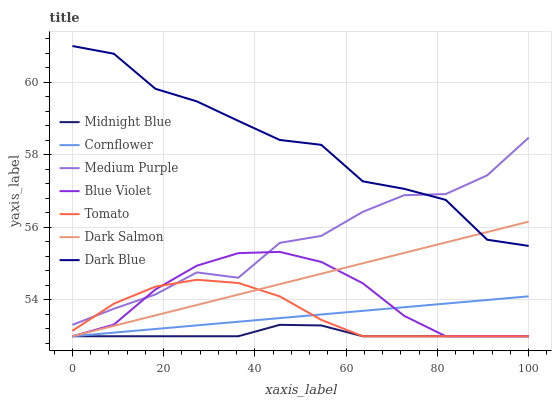
| xaxis_label | Midnight Blue | Cornflower | Medium Purple | Blue Violet | Tomato | Dark Salmon | Dark Blue |
 | --- | --- | --- | --- | --- | --- | --- | --- |
 | 0 | 53 | 53 | 53.3 | 53 | 53.1 | 53 | 61 |
 | 9.09 | 53 | 53.1 | 53.8 | 53.3 | 53.9 | 53.3 | 60.8 |
 | 18.2 | 53 | 53.2 | 54.2 | 54.3 | 54.4 | 53.6 | 59.8 |
 | 27.3 | 53 | 53.3 | 54.8 | 54.9 | 54.6 | 53.9 | 59.5 |
 | 36.4 | 53 | 53.4 | 54.6 | 55.3 | 54.5 | 54.1 | 58.9 |
 | 45.5 | 53.3 | 53.5 | 55.6 | 55.3 | 54.1 | 54.4 | 58.4 |
 | 54.5 | 53.3 | 53.6 | 55.8 | 55 | 53.5 | 54.7 | 58.3 |
 | 63.6 | 53 | 53.7 | 56.4 | 54.5 | 53 | 55 | 57.3 |
 | 72.7 | 53 | 53.8 | 56.9 | 53.6 | 53 | 55.3 | 57.1 |
 | 81.8 | 53 | 53.9 | 56.9 | 53 | 53 | 55.6 | 56.8 |
 | 90.9 | 53 | 54 | 57.4 | 53 | 53 | 55.9 | 55.7 |
 | 100 | 53 | 54.1 | 58.5 | 53 | 53 | 56.2 | 55.5 |